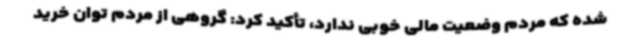
شده که مردم وضعیت مالی خوبی ندارد، تأکید کرد: گروهی از مردم توان خرید